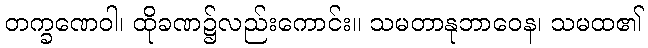
တက္ခဏေဝါ၊ ထိုခဏ၌လည်းကောင်း။ သမတာနုဘာဝေန၊ သမထ၏